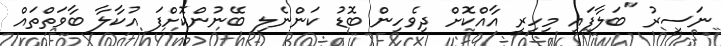
ނަސީރު "ބަލާފައި މިހިރީ އާއްކޮށް ދިވެހިން ބޮޑު ކަންނެލި ބޭނުންކޮށްފަ އުކާލާ ބާވަތްތައް